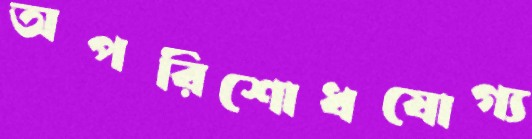
অপরিশোধযোগ্য